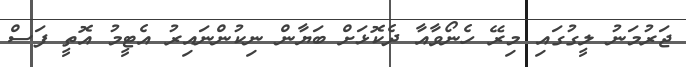
ޖަރުމަނު ލީގުގައި މިރޭ ހެނޯވާއާ ދެކޮޅަށް ބަޔާން ނިކުންނައިރު އެޓީމު އޮތީ ފަސް